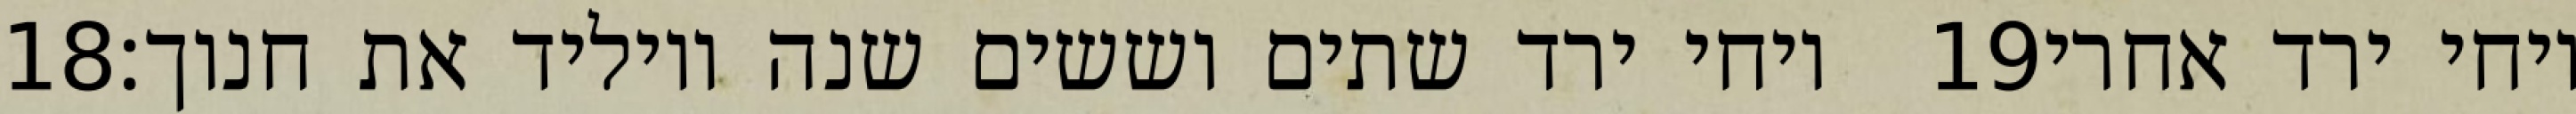
‎18‏ ויחי ירד שתים וששים שנה ויוליד את חנוך׃ ‎19‏ ויחי ירד אחרי